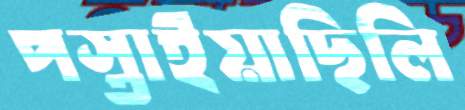
পস্তাইয়াছিলি